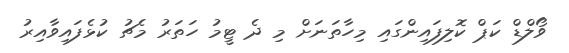
ވޯލްޑް ކަޕް ކޮލިފައިންގައި މިހާތަނަށް މި ދެ ޓީމު ހަތަރު މެޗު ކުޅެފައިވާއިރު